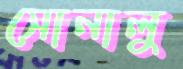
সোনালু